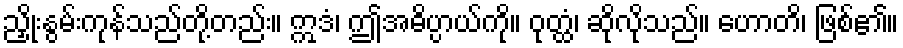
ညှိုးနွမ်းကုန်သည်တို့တည်း။ ဣဒံ၊ ဤအဓိပ္ပာယ်ကို။ ဝုတ္ထံ၊ ဆိုလိုသည်။ ဟောတိ၊ ဖြစ်၏။